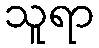
သူရာ